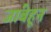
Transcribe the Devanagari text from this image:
जांबेहून